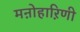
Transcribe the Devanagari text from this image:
मऩोहाऱिणी